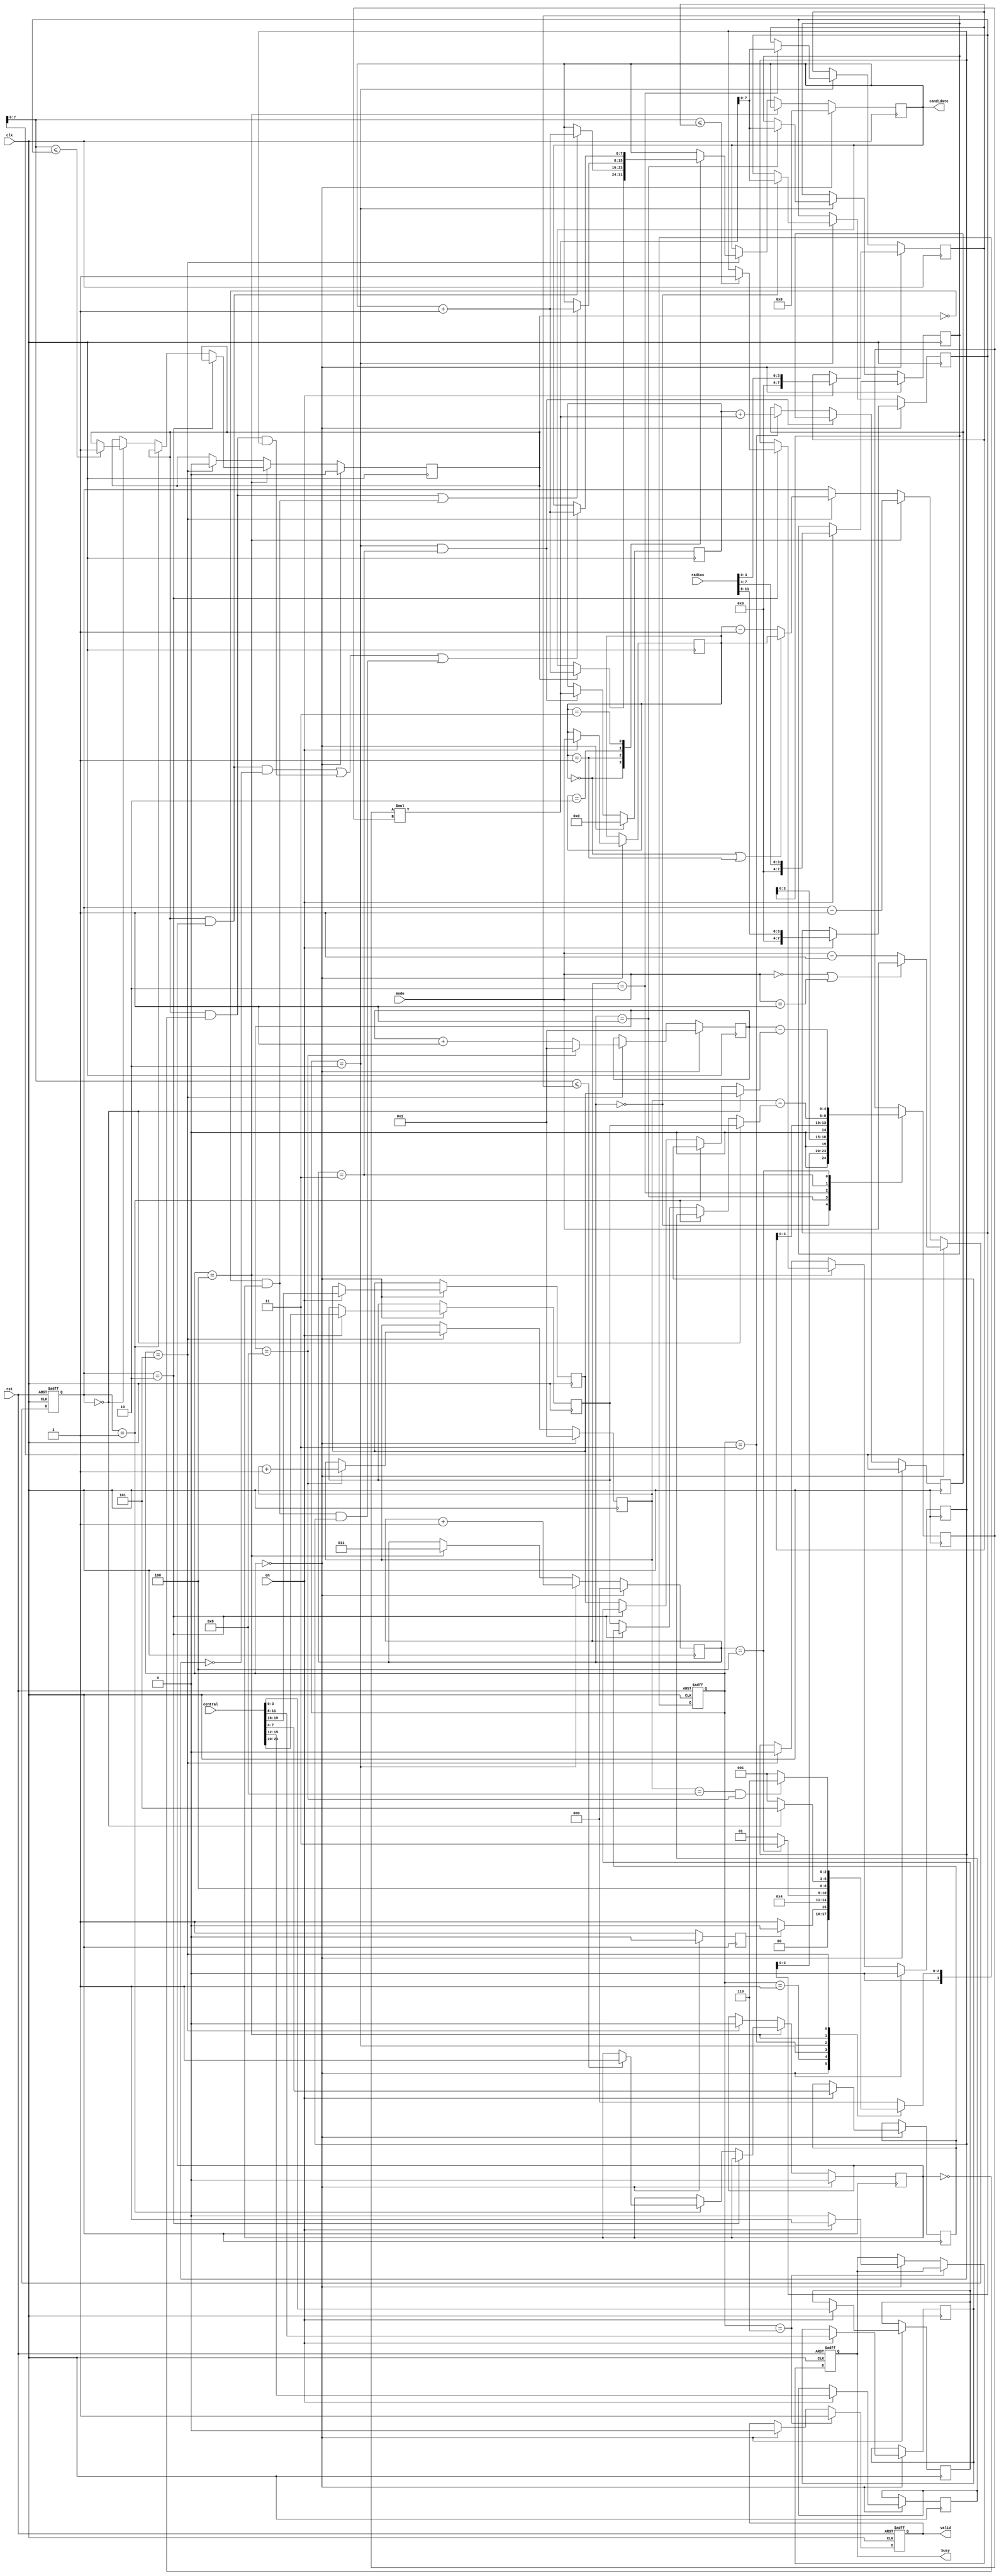
module SET (clk ,rst, en,central,radius, mode, busy, valid, candidate);
input clk;
input rst;
input en;
input [23:0] central;
input [11:0] radius;
input [1:0]mode;
output reg busy;//
output reg valid;//
output reg [7:0]candidate;
//====================================================================

reg [3:0]x1,x2,x3,y1,y2,y3;//
reg [1:0]mode_buffer;//
reg [7:0]r1_square,r2_square,r3_square;//
reg signed[9:0]temp;
reg signed[10:0]d;//
reg signed[4:0]k;//
wire signed[9:0]mul_result;//
wire signed[4:0]sub_x;//
wire signed[4:0]sub_y;//
wire [3:0]tx2,ty2;//


reg [1:0]flag;//
reg [2:0]counter;//
reg [3:0]tx1,ty1;//
reg [3:0]current_state,next_state;
reg read_flag;//
reg in_A,in_B,in_C;

assign tx2 =
       (flag==0)?x1:
       (flag==1)?x2:
       (flag==2)?x3:x1;
assign ty2 =
       (flag==0)?y1:
       (flag==1)?y2:
       (flag==2)?y3:y1;

assign sub_x = tx1-tx2;//
assign sub_y = ty1-ty2;//
assign mul_result = k*k;//


localparam read = 0;
localparam assign_k = 1;
localparam get_mul_result = 2;
localparam add = 3;
localparam judge = 4;
localparam final_judge = 5;
localparam out = 6;
always @(posedge clk or posedge rst)
begin
    if(rst)
        current_state<=read;
    else
        current_state<=next_state;
end
always @(*) //next_state logic
begin
    case(current_state)
        read:
            if(read_flag)
                next_state = read;
            else
                next_state = assign_k;
        assign_k:
            next_state = get_mul_result;
        get_mul_result:
            if(counter==4)
                next_state = add;
            else
                next_state = assign_k;
        add:
            next_state = judge;
        judge:
            if(!flag)
                next_state = final_judge;
            else
                next_state = assign_k;
        final_judge:
            if(tx1 == 8 && ty1 == 8)
                next_state = out;
            else
                next_state = assign_k;
        out:
            next_state = read;
	default:
            next_state = read;
    endcase
end
always @(posedge clk)//x1,x2,x3,y1,y2,y3
begin
    if(current_state==read)
    begin
        if(en)
        begin
            x1<=central[23:20];
            y1<=central[19:16];
            x2<=central[15:12];
            y2<=central[11:8];
            x3<=central[7:4];
            y3<=central[3:0];
            mode_buffer<=mode;
        end
    end
end
always @(posedge clk )//r1 r2 r3
begin
    if(current_state==read)
    begin
        if(en)
        begin
            r1_square<={4'b0,radius[11:8]};
            r2_square<={4'b0,radius[7:4]};
            r3_square<={4'b0,radius[3:0]};
        end
    end
    else if(current_state==get_mul_result)
    begin
        case(counter)
            0:
                r1_square<=mul_result[7:0];
            1:
                r2_square<=mul_result[7:0];
            2:
                r3_square<=mul_result[7:0];
        endcase
    end
end
always @(posedge clk or posedge rst)//flag
begin
    if(rst)
        flag<=3;
    else if(current_state==read)
    begin
        if(mode==0||mode==1)
            flag<=mode;
        else
            flag<=mode-1;
    end
    else if(current_state==judge)
        flag<=flag-1;
    else if(current_state==final_judge)
    begin
        if(mode_buffer==0||mode_buffer==1)
            flag<=mode_buffer;
        else
            flag<=mode_buffer-1;
    end
end
always @(posedge clk)//counter
begin
    if(current_state ==read)
        counter<=0;
    else if(current_state==get_mul_result)
        counter<=counter+1;
    else if(current_state==judge)
        counter<=3;
end
always @(posedge clk )//k
begin
    case(counter)
        0:
            k<=r1_square[3:0];
        1:
            k<=r2_square[3:0];
        2:
            k<=r3_square[3:0];
        3:
            k<=sub_x;
        4:
            k<=sub_y;
    endcase
end
always @(posedge clk)//tx1,ty1
begin
    if(current_state == read)
    begin
        tx1 <= 1;
        ty1 <= 1;
    end
    else if(current_state == final_judge)
    begin
        if(ty1 == 8)
        begin
            tx1<=tx1+1;
            ty1<=1;
        end
        else
            ty1<=ty1+1;
    end
end
always @(posedge clk)//in_A in_B in_C candidate
begin
    if(current_state==read)
    begin
        in_A<=0;
        in_B<=0;
        in_C<=0;
        candidate<=0;
    end
    else if(current_state==judge)
    begin
        if(flag == 2) //in_C
        begin
            if(d[7:0] <= r3_square)//?
                in_C<=1;
        end
        else if(flag == 1)//in_B
        begin
            if(d[7:0] <= r2_square)
                in_B<=1;
        end
        else if(flag == 0)//in_A
        begin
            if(d[7:0]<=r1_square)
                in_A<=1;
        end
    end
    else if(current_state==final_judge)
    begin
        case(mode_buffer)
            0:
                if(in_A)
                    candidate<=candidate+1;
            1:
                if(in_A && in_B)
                    candidate<=candidate+1;
            2:
                if((in_A && !in_B) || (!in_A && in_B))
                    candidate<=candidate+1;
            3:
                if((in_A&&in_B&&!in_C)||(in_A&&!in_B&&in_C)||(!in_A&&in_B&&in_C))
                    candidate<=candidate+1;
        endcase
        in_A<=0;
        in_B<=0;
        in_C<=0;
    end
end
always @(posedge clk)//read_flag
begin
    if(current_state ==read)
        read_flag<=0;
    else
        read_flag<=1;
end
always @(posedge clk or posedge rst)//busy valid
begin
    if(rst)
    begin
        busy<=0;
        valid<=0;
    end
    else if(current_state == out)
    begin
        valid<=1;
    end
    else if(current_state == read)
    begin
        if(en)
            busy<=1;
        else
            busy<=0;
        valid<=0;
    end
end
always @(posedge clk)//temp d
begin
    if(current_state==read)
        temp <=0;
    else if(current_state == get_mul_result && counter == 3)
        temp<=mul_result;
    else if(current_state == add)
        d <= temp + mul_result;
end
endmodule